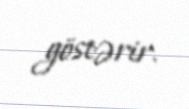
göstərir.